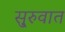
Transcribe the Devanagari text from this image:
सु्रुवात